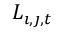
L _ { \imath , \jmath , t }